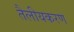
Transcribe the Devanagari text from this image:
तैलीयकरण